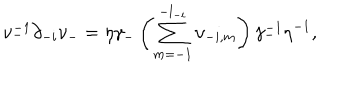
\nu _ { - } ^ { - 1 } \partial _ { - i } \nu _ { - } = \eta \gamma _ { - } \left( \sum _ { m = - 1 } ^ { - l _ { - i } } \upsilon _ { - i , m } \right) \gamma _ { - } ^ { - 1 } \eta ^ { - 1 } ,